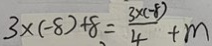
3 \times ( - 8 ) + 8 = \frac { 3 \times ( - 8 ) } { 4 } + m